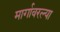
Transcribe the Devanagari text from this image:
मार्गावरल्या